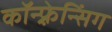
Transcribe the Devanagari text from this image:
कॉन्फ़्रेन्सिंग